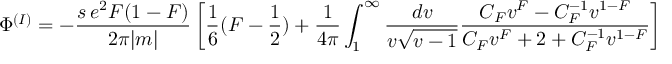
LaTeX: { \Phi } ^ { ( I ) } = - \frac { s \, e ^ { 2 } F ( 1 - F ) } { 2 \pi | m | } \left[ \frac { 1 } { 6 } ( F - \frac { 1 } { 2 } ) + \frac { 1 } { 4 \pi } \int _ { 1 } ^ { \infty } \frac { d v } { v { \sqrt { v - 1 } } } \frac { C _ { F } v ^ { F } - C _ { F } ^ { - 1 } v ^ { 1 - F } } { C _ { F } v ^ { F } + 2 + C _ { F } ^ { - 1 } v ^ { 1 - F } } \right]